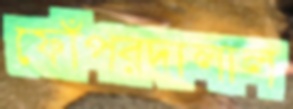
ফোঁপরদালাল